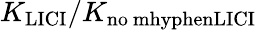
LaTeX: K_{\mathrm{LICI}}/K_{\mathrm{no\ mhyphenLICI}}